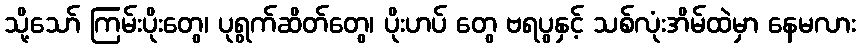
သို့သော် ကြမ်းပိုးတွေ၊ ပုရွက်ဆိတ်တွေ၊ ပိုးဟပ် တွေ ဗရပွနှင့် သစ်လုံးအိမ်ထဲမှာ နေမလား